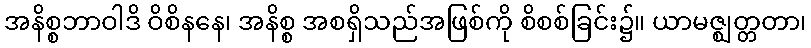
အနိစ္စဘာဝါဒိ ဝိစိနနေ၊ အနိစ္စ အစရှိသည်အဖြစ်ကို စိစစ်ခြင်း၌။ ယာမဇ္ဈတ္တတာ၊